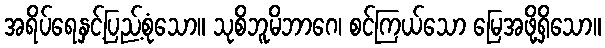
အရိပ်ရေနှင့်ပြည့်စုံသော။ သုစိဘူမိဘာဂေ၊ စင်ကြယ်သော မြေအဖို့ရှိသော။